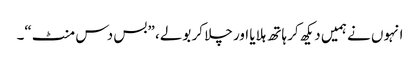
انہوں نے ہمیں دیکھ کر ہاتھ ہلایا اور چلا کر بولے، ”بس دس منٹ“۔